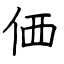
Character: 価